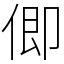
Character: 㑡